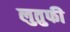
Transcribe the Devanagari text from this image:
लुतुफी